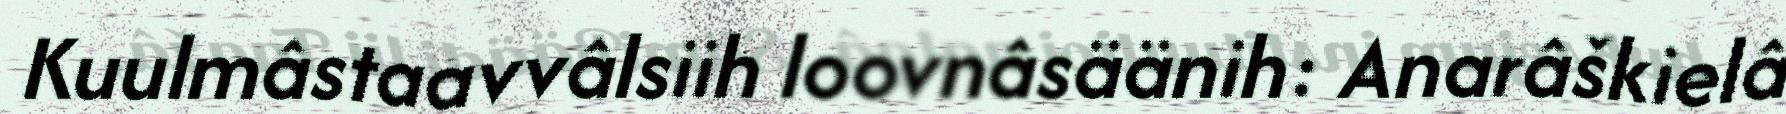
Kuulmâstaavvâlsiih loovnâsäänih: Anarâškielâ